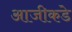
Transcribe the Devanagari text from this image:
आजीकडे